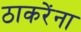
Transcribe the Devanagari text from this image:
ठाकरेंना